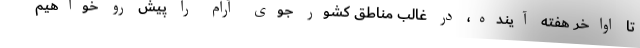
تا اواخر هفته آینده، در غالب مناطق کشور جوی آرام را پیش رو خواهیم